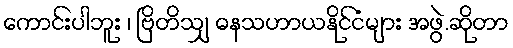
ကောင်းပါဘူး ၊ ဗြိတိသျှ ဓနသဟာယနိုင်ငံများ အဖွဲ.ဆိုတာ